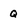
Character: Q